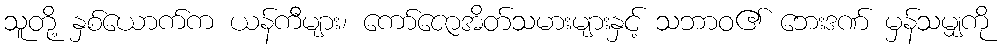
သူတို့ နှစ်ယောက်က ယန်ကီများ၊ ကော်ဇောအိတ်သမားများနှင့် သဘာဝ၏ ဘေးဒဏ် မှန်သမျှကို